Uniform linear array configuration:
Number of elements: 4
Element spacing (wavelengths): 0.25
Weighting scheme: binomial
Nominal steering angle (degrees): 60
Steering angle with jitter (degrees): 61.109
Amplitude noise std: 0.05
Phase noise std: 0.05

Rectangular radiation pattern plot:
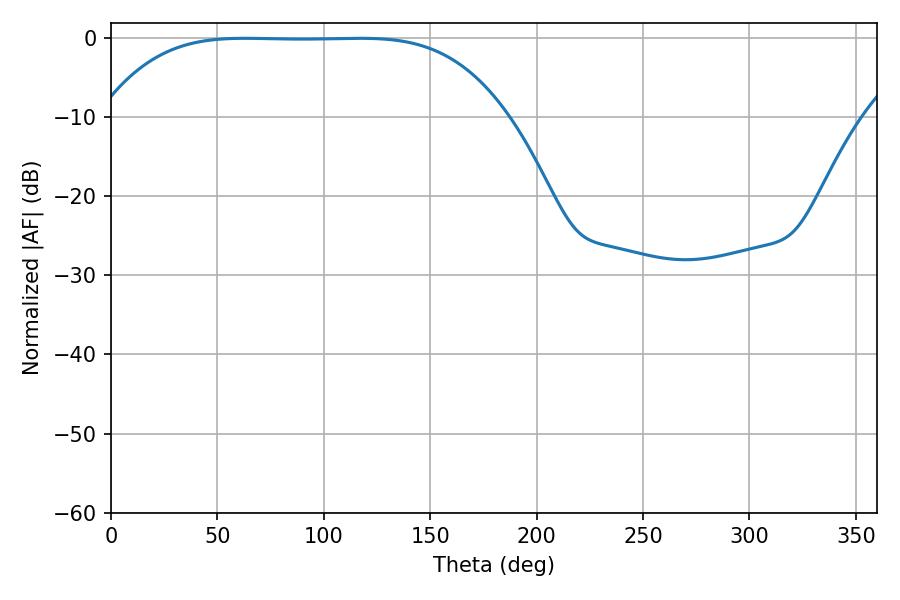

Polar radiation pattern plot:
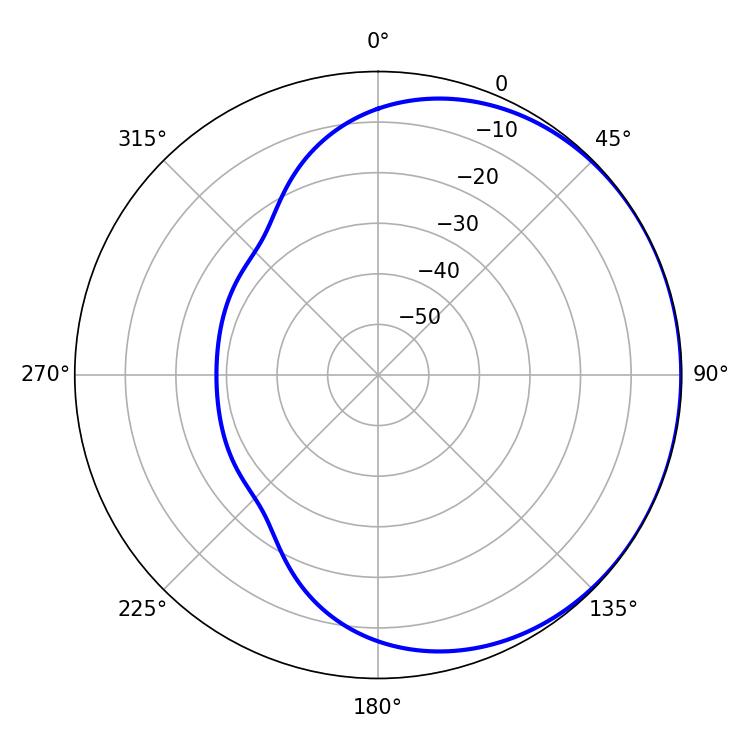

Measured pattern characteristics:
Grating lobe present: FALSE
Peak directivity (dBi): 0.4615
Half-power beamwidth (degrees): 144.36
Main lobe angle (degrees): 63